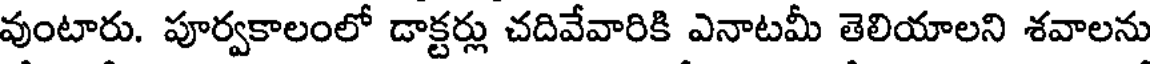
వుంటారు. పూర్వకాలంలో డాక్టర్లు చదివేవారికి ఎనాటమీ తెలియాలని శవాలను